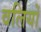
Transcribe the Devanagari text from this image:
वलियों